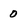
Character: 0